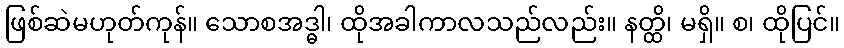
ဖြစ်ဆဲမဟုတ်ကုန်။ သောစအဒ္ဓါ၊ ထိုအခါကာလသည်လည်း။ နတ္ထိ၊ မရှိ။ စ၊ ထိုပြင်။